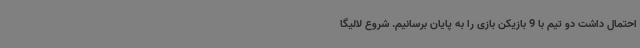
احتمال داشت دو تیم با 9 بازیکن بازی را به پایان برسانیم. شروع لالیگا